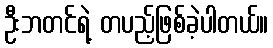
ဦးဘတင်ရဲ့ တပည့်ဖြစ်ခဲ့ပါတယ်။